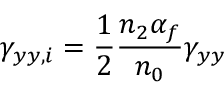
\gamma _ { y y , i } = \frac { 1 } { 2 } \frac { n _ { 2 } \alpha _ { f } } { n _ { 0 } } \gamma _ { y y }